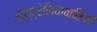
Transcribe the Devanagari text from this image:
ऑस्ट्रेलियावासियों